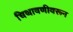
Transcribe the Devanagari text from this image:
चिथावणीवरून